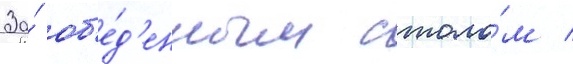
За́ об'е́д'енным столо́м /